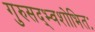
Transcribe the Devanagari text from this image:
गुरुसद्भ्वशोभितः